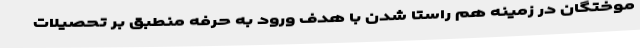
موختگان در زمینه هم راستا شدن با هدف ورود به حرفه منطبق بر تحصیلات